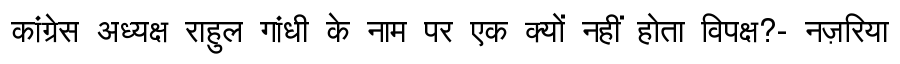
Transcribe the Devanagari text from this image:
कांग्रेस अध्यक्ष राहुल गांधी के नाम पर एक क्यों नहीं होता विपक्ष?- नज़रिया